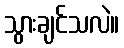
သွားချင်သလဲ။